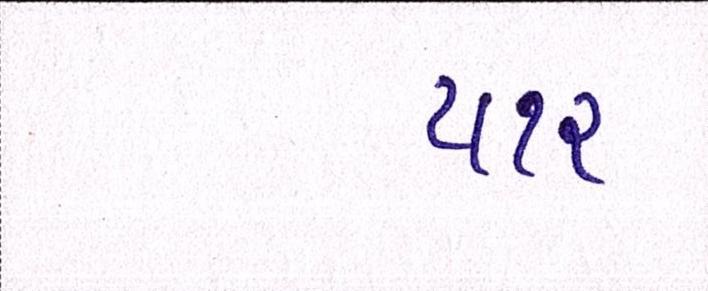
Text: ૫૧૨